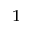
_ 1